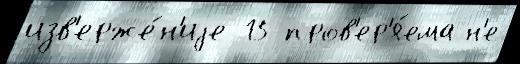
изв'ерже́н'иjе 15 пров'ер'я́ема н'е